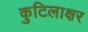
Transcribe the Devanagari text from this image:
कुटिलाक्षर